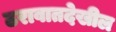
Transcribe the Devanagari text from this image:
ठरावातदेखील